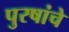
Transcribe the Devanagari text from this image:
पुरषांचे